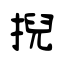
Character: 掜